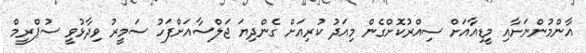
އާންމުންނަށާއި މީޑިއާއަށް ސިއްރުކޮށްގެން މިއަދު ކުރިއަށް ގެންދިޔަ ޖަލްސާއަށްފަހު ސަމީރު ވިދާޅުވީ ސުޕްރީމް